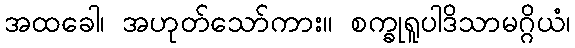
အထခေါ၊ အဟုတ်သော်ကား။ စက္ခုရူပါဒိသာမဂ္ဂိယံ၊